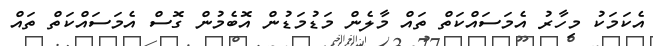
އެކަމަކު މިހާރު އެމަސައްކަތް ތައް މާލެން މަޑުމަޑުން އޮބެމުން ގޮސް އެމަސައްކަތް ތައް